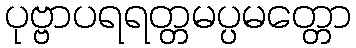
ပုဗ္ဗာပရရတ္တမပ္ပမတ္တော